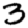
Digit: 3